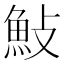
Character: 𮫱